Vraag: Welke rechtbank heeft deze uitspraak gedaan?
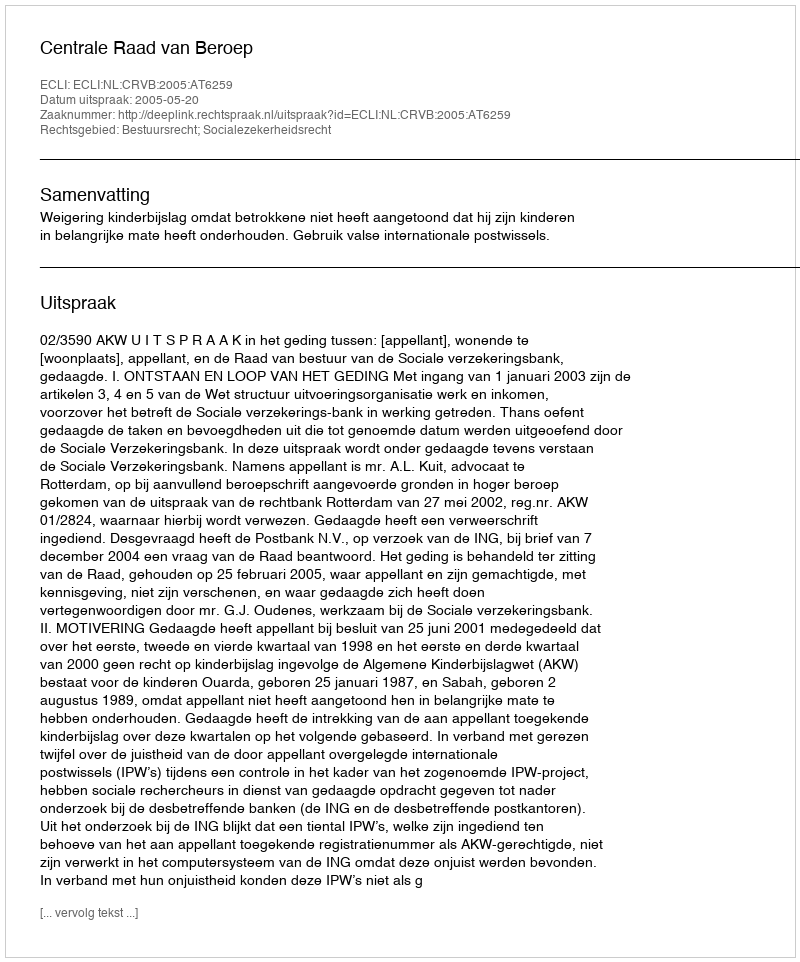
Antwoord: Centrale Raad van Beroep